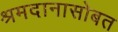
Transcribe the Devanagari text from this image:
श्रमदानासोबत